Report on vaccination in Madras 1895-1903 - 1895-1903
Year: 1895
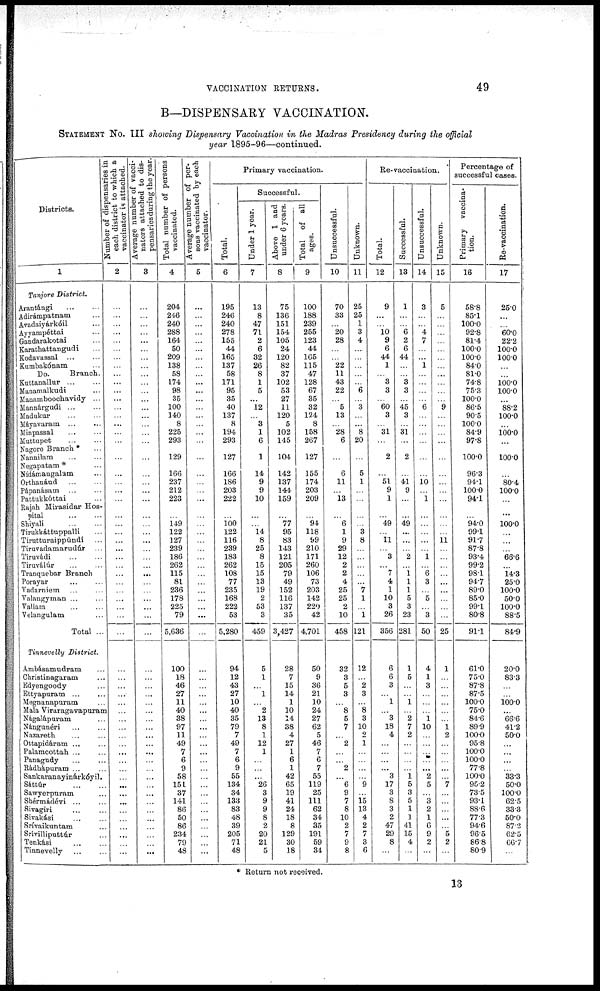
VACCINATION RETURNS.
49
B—DISPENSARY VACCINATION.
STATEMENT No. III showing Dispensary Vaccination in the Madras Presidency during the official
year 1895-96—continued.
Districts.
1
Tanjore District.
Arantángi ... ...
Adirámpatnam ...
Avadaiyárkóil ...
Ayyampéttai ...
Gandarakotai ...
Karathattangudi ...
Kodavassal ... ...
Kumbakónam ...
Do.
Branch.
Kuttanallur
...
...
Manamalkudi ...
Manamboochavidy ...
Mannárgudi
...
...
Madukur ... ...
Máyavaram ... ...
Minpassal ... ...
Muttupet ... ...
Nagore Branch * ...
Nannilam ... ...
Negapatam * ...
Nídámangalam ...
Orthanáud ... ...
Pápanásam ... ...
Pattukkóttai ...
Rajah Mirasidar Hos-
pital ... ...
Shiyali
...
...
Tirukkáttuppalli ...
Tirutturaippúndi ...
Tiruvadamarudúr ...
Tiruvádi ... ...
Tiruválúr
...
...
Tranquebar Branch
Porayar ... ...
Vadarniem ... ...
Valangyman ... ...
Vallam ... ...
Velangulam ...
Total ...
Tinnevelly District.
Ambásamudram ...
Christinagaram ...
Edyengoody ...
Ettyapuram ... ...
Megnanapuram ...
Mala Viraragavapuram
Nágalápuram ...
Nángunéri ... ...
Nazareth ... ...
Ottapidáram ... ...
Palamcottah ... ...
Panagudy ... ...
Rádhápuram ... ...
Sankaranayinárkóyil.
Sáttúr
...
...
Sawyerpuram ...
Shérmádévi ... ...
Sivagiri ... ...
Sivakási ... ...
Srívaikuntam ...
Srívilliputtúr ...
Tenkási
...
...
Tinnevelly
...
...
Number of dispensaries in
each district to which a
vaccinator is attached.
2
...
...
...
...
...
...
...
...
...
...
...
...
...
...
...
...
...
...
...
...
...
...
...
...
...
...
...
...
...
...
...
...
...
...
...
...
...
...
...
...
...
...
...
...
...
...
...
...
...
...
...
...
...
...
...
...
...
...
...
Average number of vacci-
nators attached to dis-
pensaries during the year.
3
...
...
...
...
...
...
...
...
...
...
...
...
...
...
...
...
...
...
...
...
...
...
...
...
...
...
...
...
...
...
...
...
...
...
...
...
...
...
...
...
...
...
...
...
...
...
...
...
...
...
...
...
...
...
...
...
...
...
...
Total number of persons
vaccinated.
4
204
246
240
288
164
50
209
138
58
174
98
35
100
140
8
225
293
129
166
237
212
223
...
149
122
127
239
186
262
115
81
236
178
225
79
5,636
100
18
46
27
11
40
38
97
11
49
7
6
9
58
151
37
141
86
50
86
234
79
48
Average number of per-
sons vaccinated by each
vaccinator.
5
...
...
...
...
...
...
...
...
...
...
...
...
...
...
...
...
...
...
...
...
...
...
...
...
...
...
...
...
...
...
...
...
...
...
...
...
...
...
...
...
...
...
...
...
...
...
...
...
...
...
...
...
...
...
...
...
...
...
...
Primary vaccination.
Total.
6
195
246
240
278
155
44
165
137
58
171
95
35
40
137
8
194
293
127
166
186
203
222
...
100
122
116
239
183
262
108
77
235
168
222
53
5,280
94
12
43
27
10
40
35
79
7
49
7
6
9
55
134
34
133
83
48
39
205
71
48
Successful.
Under 1 year.
7
13
8
47
71
2
6
32
26
8
1
5
...
12
...
3
1
6
1
14
9
9
10
...
...
14
8
25
8
15
15
13
19
2
53
3
459
5
1
...
1
...
2
13
8
1
12
1
...
...
...
26
3
9
9
8
2
20
21
5
Above 1 and
under 6 years.
8
75
136
151
154
105
24
120
82
37
102
53
27
11
120
5
102
145
104
142
137
144
159
...
77
95
83
143
121
205
79
49
152
116
137
35
3,427
28
7
15
14
1
10
14
38
4
27
1
6
1
42
65
19
41
24
18
8
129
30
18
Total of all
ages.
9
100
188
239
255
123
44
165
115
47
128
67
35
32
124
8
158
267
127
155
174
203
209
...
94
118
99
210
171
260
106
73
203
142
220
42
4,701
50
9
36
21
10
24
27
62
5
46
7
6
7
55
119
25
111
62
34
35
191
59
34
Unsuccessful.
10
70
33
...
20
28
...
...
22
11
43
22
...
5
13
...
28
6
...
6
11
...
13
...
6
1
9
29
12
2
2
4
25
25
2
10
458
32
3
5
3
...
8
5
7
...
2
...
...
2
...
6
9
7
8
10
2
7
9
8
Unknown.
11
25
25
1
3
4
...
...
...
...
...
6
...
3
...
...
8
20
...
5
1
...
...
...
...
3
8
...
...
...
...
...
7
1
...
1
121
12
...
2
3
...
8
3
10
2
1
...
...
...
...
9
...
15
13
4
2
7
3
6
Re-vaccination.
Total.
12
9
...
...
10
9
6
44
1
...
3
3
...
60
3
...
31
...
2
...
51
9
1
...
49
...
11
...
3
...
7
4
1
10
3
26
356
6
6
3
...
1
...
3
18
4
...
...
...
...
3
17
3
8
3
2
47
29
8
...
Successful.
13
1
...
...
6
2
6
44
...
...
3
3
...
45
3
...
31
...
2
...
41
9
...
...
49
...
...
...
2
...
1 1
1
5
3
23
281
1
5
...
...
1
...
2
7
2
...
...
...
...
1 5
3
5
1
1
41
15
4
...
Unsuccessful.
14
3
...
...
4 7
...
...
1
...
...
...
...
6
...
...
...
...
...
...
10
...
1
...
...
...
...
...
1
...
6
3
...
5
...
3
50
4
1
3
...
...
...
1
10
...
...
...
...
...
2
5
...
3
2
1
6
9
2
...
Unknown.
15
5
...
...
...
...
...
...
...
...
...
...
...
9
...
...
...
...
...
...
...
...
...
...
...
...
11
...
...
...
...
...
...
...
...
...
25
1
...
...
...
...
...
...
1
2
...
...
...
...
...
7
...
...
...
...
...
5
2
...
Percentage of
successful cases.
Primary vaccina-
tion.
16
58.8
85.1
100.0
92.8
81.4
100.0
100.0
84.0
81.0
74.8
75.3
100.0
86.5
90.5
100.0
84.9
97.8
100.0
96.3
94.1
100.0
94.1
...
94.0
99.1
91.7
87.8
93.4
99.2
98.1
94.7
89.0
85.0
99.1
80.8
91.1
61.0
75.0
87.8
87.5
100.0
75.0
84.6
89.9
100.0
95.8
100.0
100.0
77.8
100.0
95.2
73.5
93.1
88.6
77.3
94.6
96.5
86.8
80.9
Re-vaccination.
17
25.0
...
...
60.0
22.2
100.0
100.0
...
...
100.0
100.0
...
88.2
100.0
...
100.0
...
100.0
...
80.4
100.0
...
...
100.0
...
...
...
66.6
...
14.3
25.0
100.0
50.0
100.0
88.5
84.9
20.0
83.3
...
...
100.0
...
66.6
41.2
50.0
...
...
...
...
33.3
50.0
100.0
62.5
33.3
50.0
87.2
62.5
66.7
...
* Return not received.
13